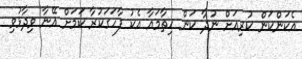
އެކަންކަން ކުރިއަށް ނުދާ ކަން ހިތާމައާ އެކު ފާހަގަކުރާ ކަމަށް އޭނާ ވިދާޅުވި